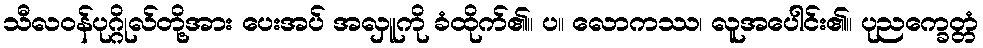
သီလဝန်ပုဂ္ဂိုလ်တို့အား ပေးအပ် အလှူကို ခံထိုက်၏။ ပ။ လောကဿ၊ လူအပေါင်း၏။ ပုညက္ခေတ္တံ